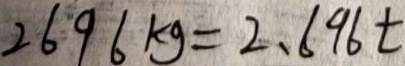
2 6 9 6 k g = 2 . 6 9 6 t